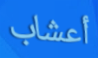
أعشاب